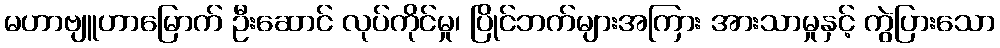
မဟာဗျူဟာမြောက် ဦးဆောင် လုပ်ကိုင်မှု၊ ပြိုင်ဘက်များအကြား အားသာမှုနှင့် ကွဲပြားသော